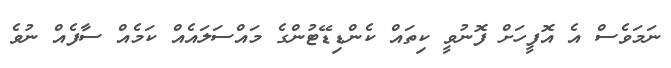
ނަމަވެސް އެ އޮފީހަށް ފޮނުވީ ކިތައް ކެންޑިޑޭޓުންގެ މައްސަލައެއް ކަމެއް ސާފެއް ނުވެ